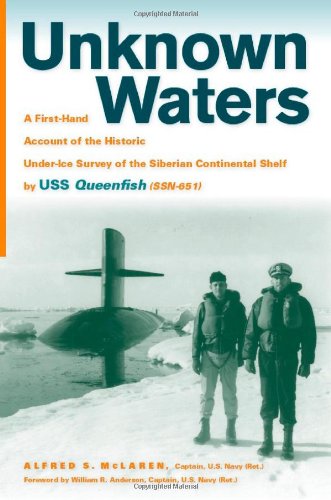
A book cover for Unknown Waters: A First-Hand Account of the Historic Under-ice Survey of the Siberian Continental Shelf by USS Queenfish (SSN-651); Dr. Alfred S. McLaren; History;